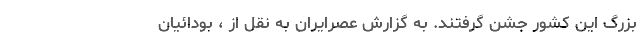
بزرگ این کشور جشن گرفتند. به گزارش عصرایران به نقل از ، بودائیان